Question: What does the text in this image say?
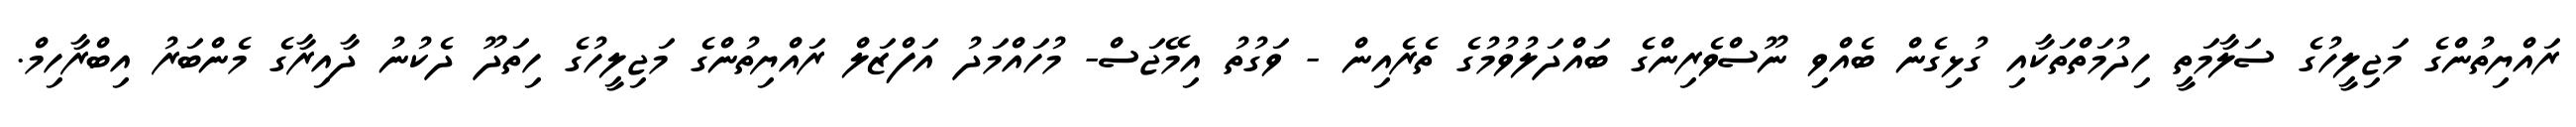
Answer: ރައްޔިތުންގެ މަޖިލީހުގެ ސަލާމަތީ ހިދުމަތްތަކާއި ގުޅިގެން ބެއްވި ނޫސްވެރިންގެ ބައްދަލުވުމުގެ ތެރެއިން - ވަގުތު އިމޭޖަސް- މުހައްމަދު އަފްޒަލް ރައްޔިތުންގެ މަޖިލީހުގެ ހިތަދޫ ދެކުނު ދާއިރާގެ މެންބަރު އިބްރާހިމް.